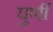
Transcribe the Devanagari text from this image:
घुर्णी